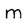
Character: m